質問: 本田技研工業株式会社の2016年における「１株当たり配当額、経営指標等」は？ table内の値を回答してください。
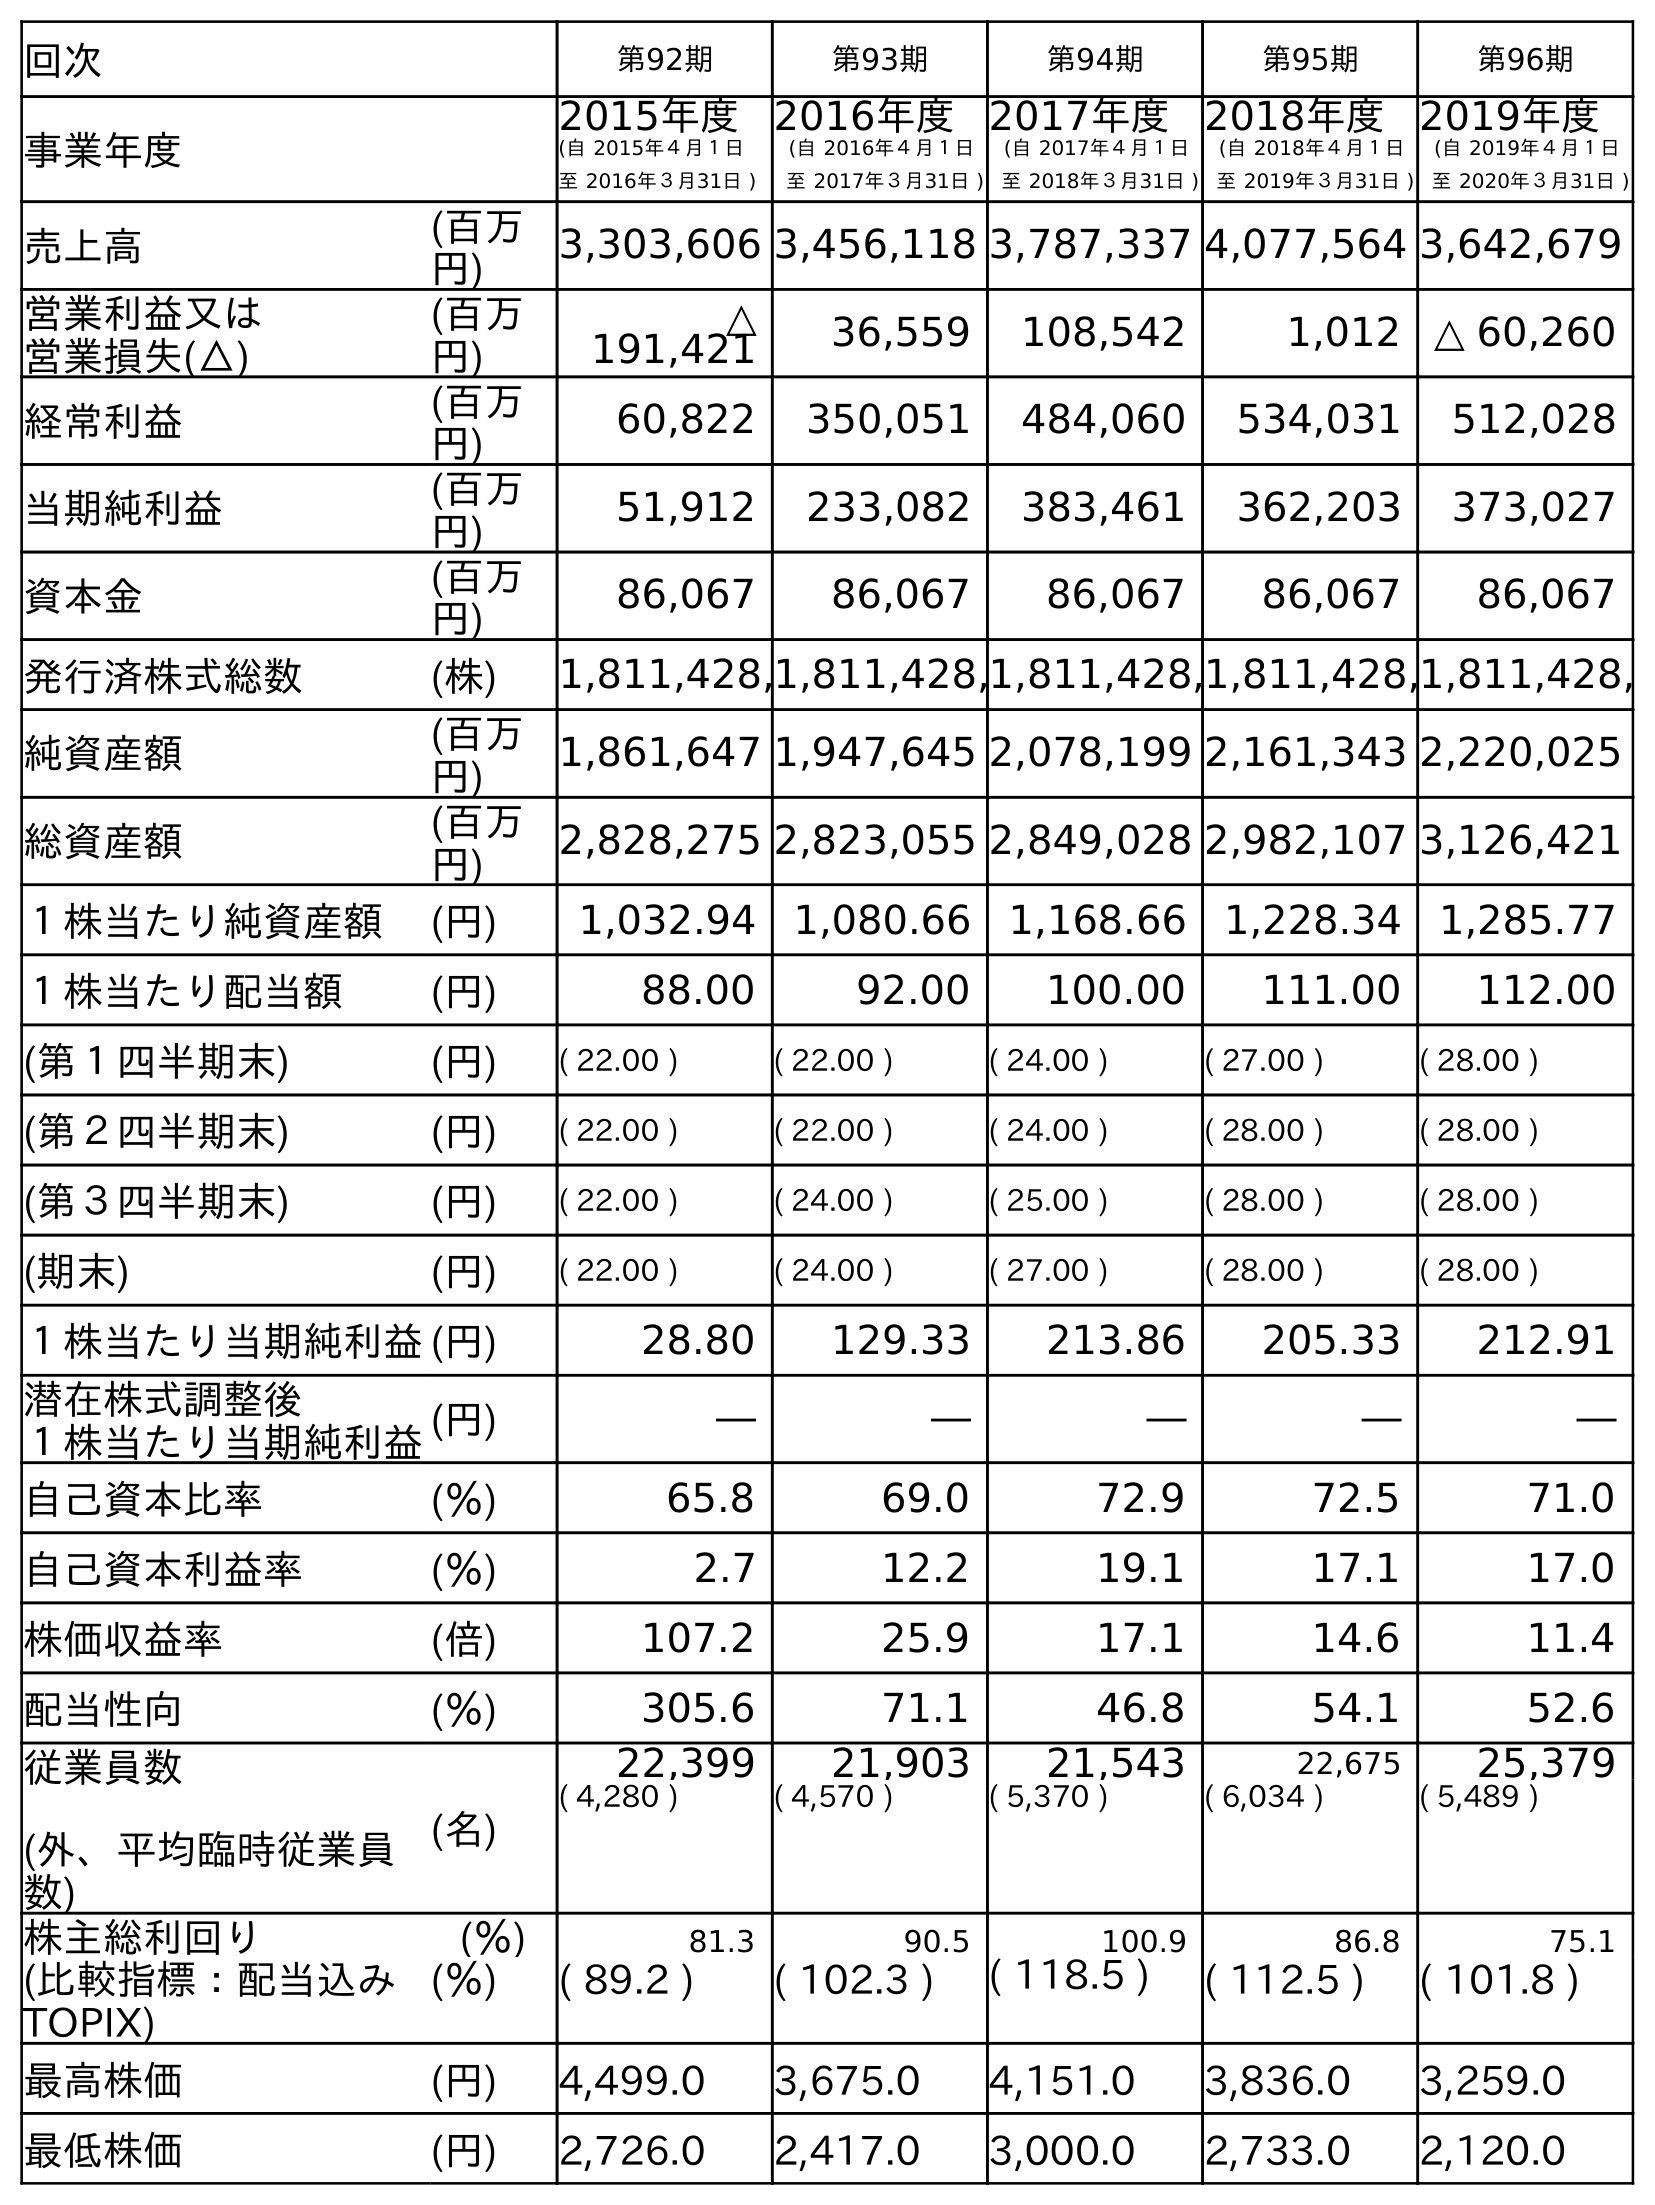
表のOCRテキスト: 回次 第92期 第93期 第94期 第95期 第96期 事業年度 2015年度 (自 2015年４月１日 至 2016年３月31日 ) 2016年度 (自 2016年４月１日 至 2017年３月31日 ) 2017年度 (自 2017年４月１日 至 2018年３月31日 ) 2018年度 (自 2018年４月１日 至 2019年３月31日 ) 2019年度 (自 2019年４月１日 至 2020年３月31日 ) 売上高 (百万 円) 3,303,606 3,456,118 3,787,337 4,077,564 3,642,679 営業利益又は 営業損失(△) (百万 円) △ 191,421 36,559 108,542 1,012 △ 60,260 経常利益 (百万 円) 60,822 350,051 484,060 534,031 512,028 当期純利益 (百万 円) 51,912 233,082 383,461 362,203 373,027 資本金 (百万 円) 86,067 86,067 86,067 86,067 86,067 発行済株式総数 (株) 1,811,428,1,811,428,1,811,428,1,811,428,1,811,428, 純資産額 (百万 円) 1,861,647 1,947,645 2,078,199 2,161,343 2,220,025 総資産額 (百万 円) 2,828,275 2,823,055 2,849,028 2,982,107 3,126,421 １株当たり純資産額 (円) 1,032.94 1,080.66 1,168.66 1,228.34 1,285.77 １株当たり配当額 (円) 88.00 92.00 100.00 111.00 112.00 (第１四半期末) (円) ( 22.00 ) ( 22.00 ) ( 24.00 ) ( 27.00 ) ( 28.00 ) (第２四半期末) (円) ( 22.00 ) ( 22.00 ) ( 24.00 ) ( 28.00 ) ( 28.00 ) (第３四半期末) (円) ( 22.00 ) ( 24.00 ) ( 25.00 ) ( 28.00 ) ( 28.00 ) (期末) (円) ( 22.00 ) ( 24.00 ) ( 27.00 ) ( 28.00 ) ( 28.00 ) １株当たり当期純利益(円) 28.80 129.33 213.86 205.33 212.91 潜在株式調整後 １株当たり当期純利益(円) ― ― ― ― ― 自己資本比率 (％) 65.8 69.0 72.9 72.5 71.0 自己資本利益率 (％) 2.7 12.2 19.1 17.1 17.0 株価収益率 (倍) 107.2 25.9 17.1 14.6 11.4 配当性向 (％) 305.6 71.1 46.8 54.1 52.6 従業員数 (外、平均臨時従業員 数) (名) 22,399 21,903 21,543 22,675 25,379 ( 4,280 ) ( 4,570 ) ( 5,370 ) ( 6,034 ) ( 5,489 ) 株主総利回り (％) 81.3 90.5 100.9 86.8 75.1 (比較指標：配当込み TOPIX) (％) ( 89.2 ) ( 102.3 ) ( 118.5 ) ( 112.5 ) ( 101.8 ) 最高株価 (円) 4,499.0 3,675.0 4,151.0 3,836.0 3,259.0 最低株価 (円) 2,726.0 2,417.0 3,000.0 2,733.0 2,120.0
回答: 88.00